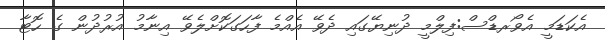
އެކަޑަމީ އެވޯރޑްސް:ފިލްމީ ދުނިޔޭގައި ދެވޭ އެއްމެ ފާހަގަކޮށްލެވޭ އިނާމު އުރުދުން ގެ ހޮޓާ